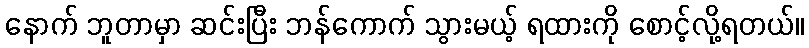
နောက် ဘူတာမှာ ဆင်းပြီး ဘန်ကောက် သွားမယ့် ရထားကို စောင့်လို့ရတယ်။